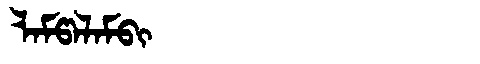
Manchu: ᠯᠠᠮᡦᠠᠯᠠᠮᠪᡳ
Romanization: LAMPALAMBI